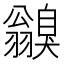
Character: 𦒥